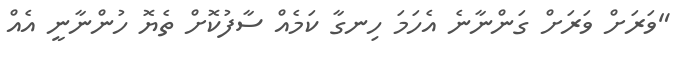
"ވަރަށް ވަރަށް ގަންނާނެ އެހަމަ ހިނގާ ކަމެއް ސާފުކޮށް ތެޔޮ ހުންނާނީ އެއް